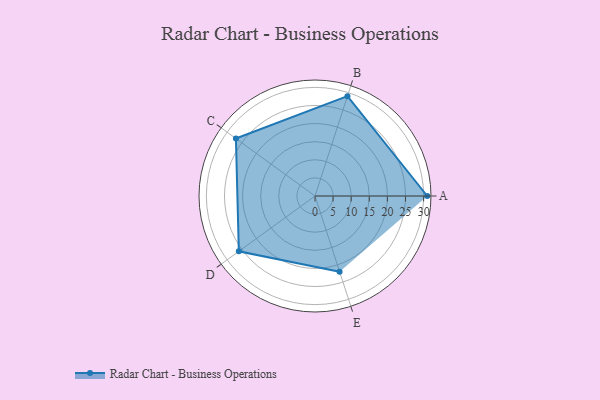
{"axis": {"x": "Skill", "y": "Score"}, "legend": ["Profile"], "data": [{"x": "A", "y": 31.0, "type": "Profile"}, {"x": "B", "y": 29.0, "type": "Profile"}, {"x": "C", "y": 27.0, "type": "Profile"}, {"x": "D", "y": 26.0, "type": "Profile"}, {"x": "E", "y": 22.0, "type": "Profile"}]}